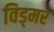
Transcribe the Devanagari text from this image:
विड्मर